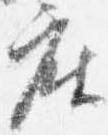
座